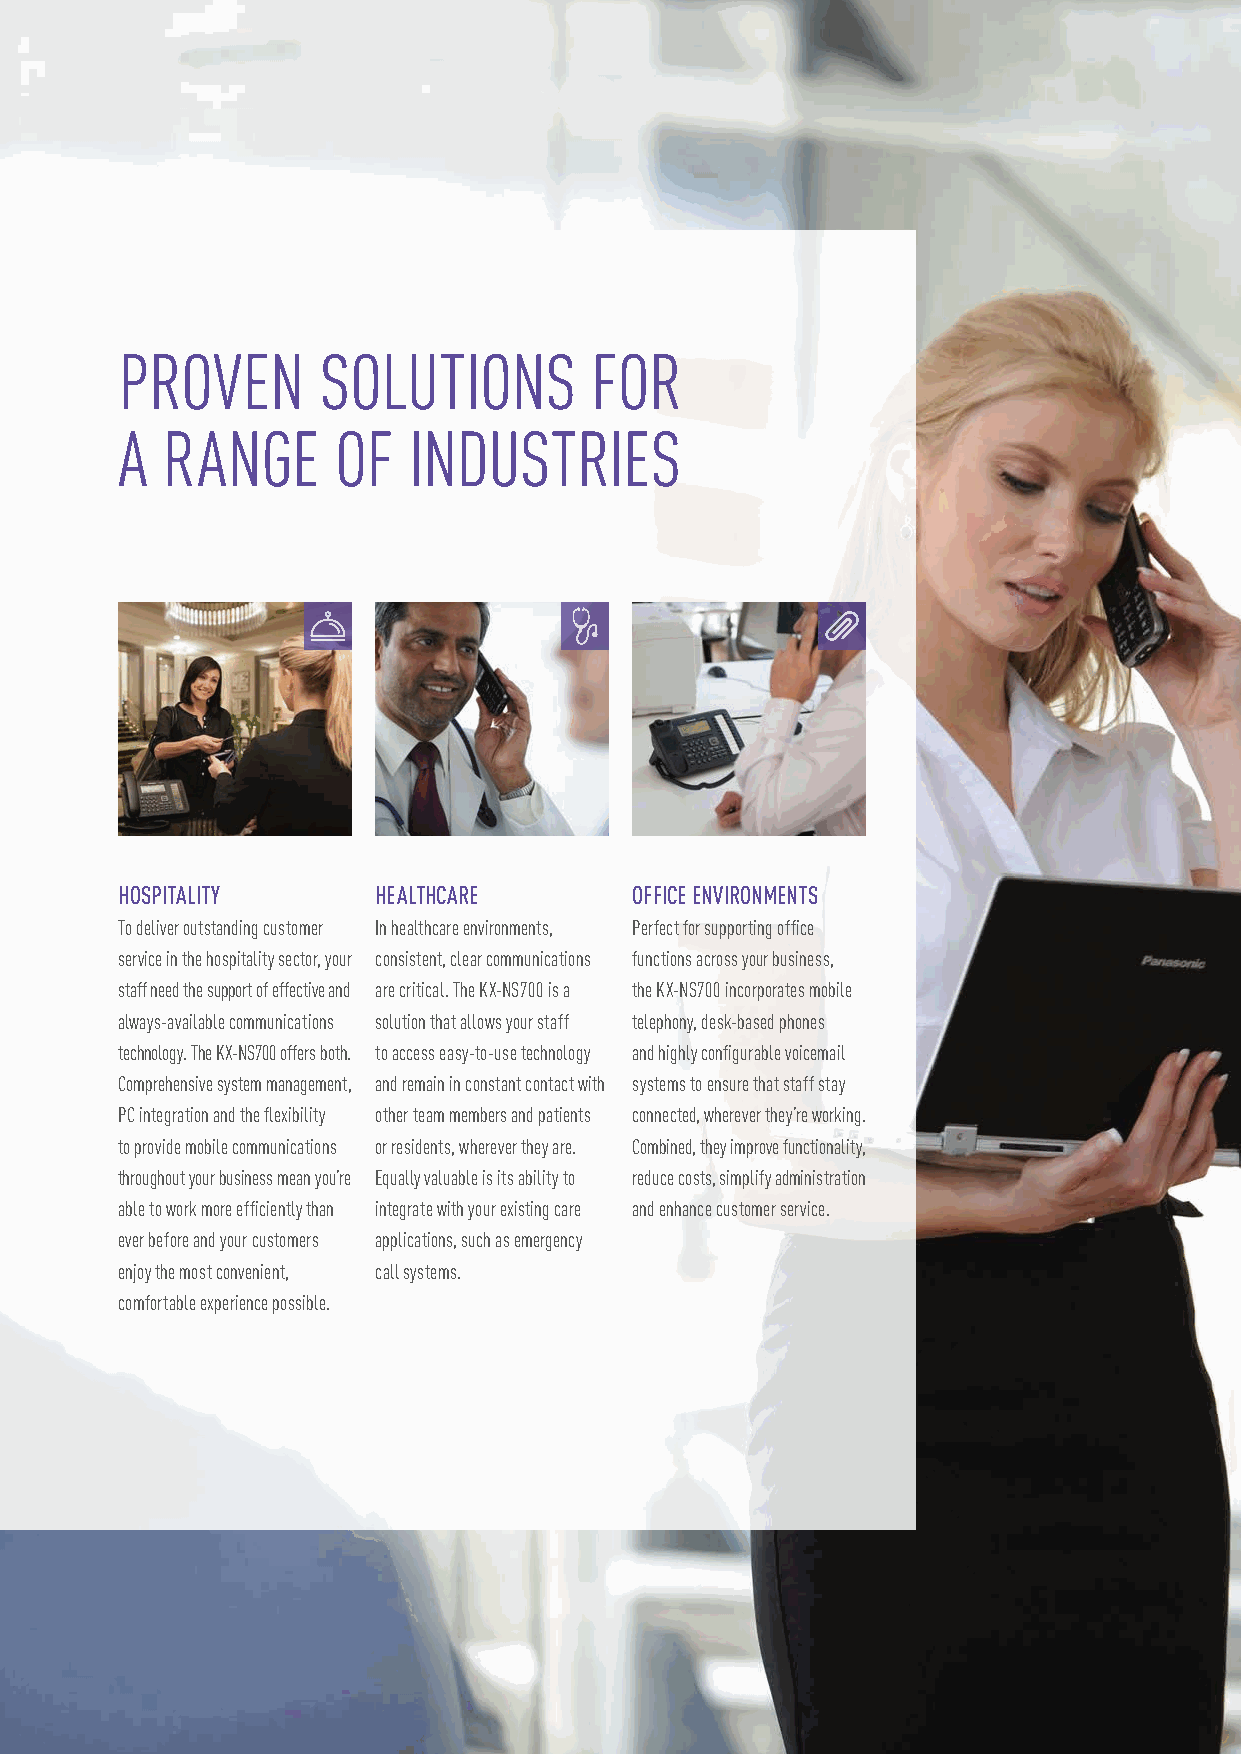
PROVEN       SOLUTIONS         FOR
 A  RANGE      OF   INDUSTRIES
 HOSPITALITY      HEALTHCARE       OFFICE ENVIRONMENTS
 To deliver outstanding customer In healthcare environments, Perfect for supporting office
 service in the hospitality sector, your consistent, clear communications functions across your business,
 staff need the support of effective and are critical. The KX-NS700 is a the KX-NS700 incorporates mobile
 always-available communications solution that allows your staff telephony, desk-based phones
 technology. The KX-NS700 offers both. to access easy-to-use technology and highly configurable voicemail
 Comprehensive system management, and remain in constant contact with systems to ensure that staff stay
 PC integration and the flexibility other team members and patients connected, wherever they’re working.
 to provide mobile communications or residents, wherever they are. Combined, they improve functionality,
 throughout your business mean you’re Equally valuable is its ability to reduce costs, simplify administration
 able to work more efficiently than integrate with your existing care and enhance customer service.
 ever before and your customers applications, such as emergency
 enjoy the most convenient, call systems.
 comfortable experience possible.